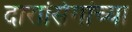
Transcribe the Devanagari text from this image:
दारासिंगांच्या